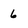
Character: 6